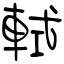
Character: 軾